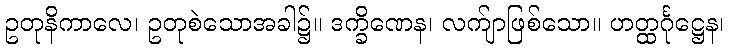
ဥတုနိကာလေ၊ ဥတုစဲသောအခါ၌။ ဒက္ခိဏေန၊ လက်ျာဖြစ်သော။ ဟတ္ထင်္ဂုဋ္ဌေန၊